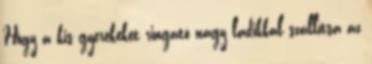
Hogy a kis gyerekeket ringató nagy ladikkal szállítsa az